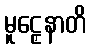
မူဠှေနာတိ